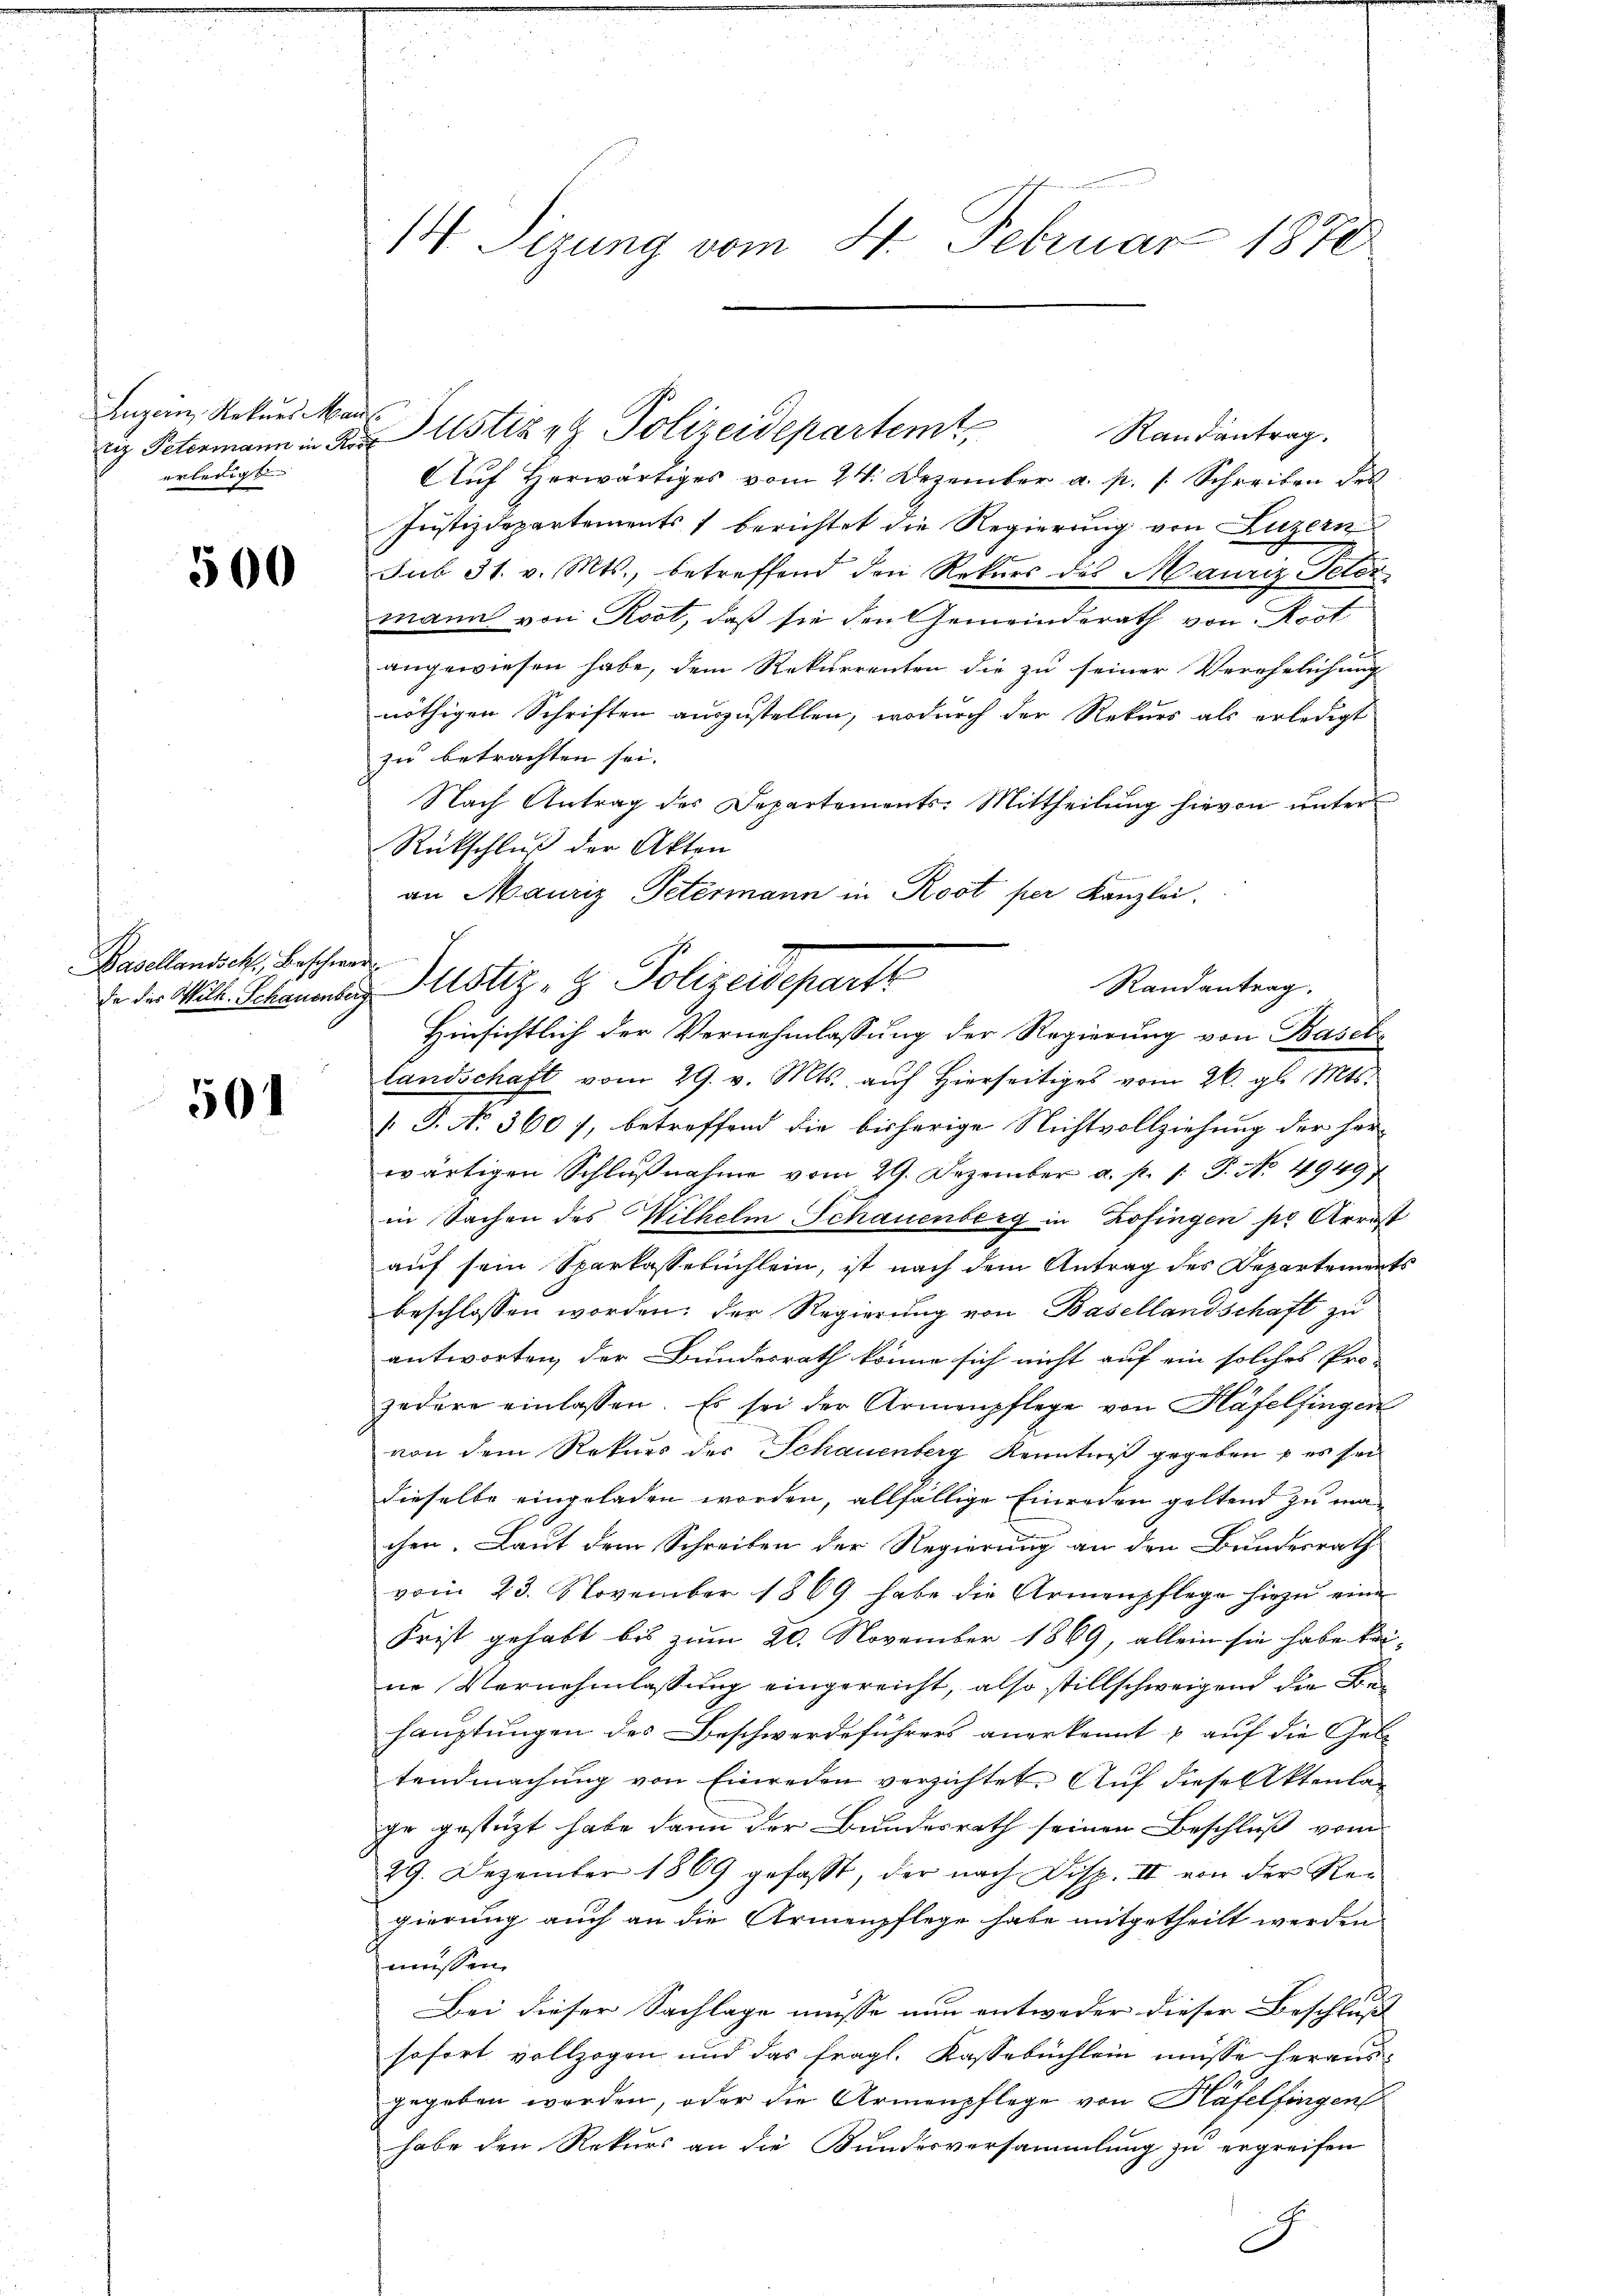
Luzern, Rekurs Man
Eiz Petermann in Rei
erledigt

500

Basellandsch, Beschwer
de der Wilh. Schauenber,

501

14 Sizung vom 4. Februar 1870

Randantrag.
Auf herwärtiges vom 24. Dezember a. p. s. Schreiben des
Justizdepartements berichtet die Regierung von Luzern
sub 31. v. Mts., betreffend den Rekurs des Mauriz Peter
mann von Rost, daß sie den Gemeinderath von Rost
angewiesen habe, dem Rekurrenten die zu seiner Verehelichung
nöthigen Schriften auszustellen, wodurch der Rekurs als erledigt
zu betrachten sei.
Nach Antrag des Departements: Mittheilŭng hievon ŭnter
Rückschluß der Akten
an Mauriz Petermann in Rost per Kanzlei.
landschaft vom 29. v. Mts. aŭf hierseitiges vom 26. gl. Mts.
[T. No. 360 7, betreffend die bisherige Nichtvollziehung der her-
wärtigen Schlŭβnahme vom 29. Dezember a. p. 1. P. No. 4949
in Sachen des Wilhelm Schauenberg in Zofingen der Arrest
auf sein Sparkassebuchlein, ist nach dem Antrag des Departements
beschlossen worden; der Regierung von Basellandschaft zu
antworten, der Bundesrath könne sich nicht auf ein solches Pro-
zedere einlassen. Es sei der Armenpflege von Häfelfingen
von dem Rekurs des Schauenberg Kenntniß gegeben u es sei
dieselbe eingeladen worden, allfällige Einreden geltend zu machen. Laut dem Schreiben der Regierung an den Bundesrath
vom 23. November 1869 habe die Armenpflege hiezu eine
Frist gehabt bis zum 20. November 1869, allein sie habe keine Vernehmlassung eingereicht, also stillschweigend die Behauptungen des Beschwerdeführers anerkennt u auf die Gele
tendmachung von Einreden verzichtet. Auf diese Aktenlaihr gestützt habe dann der Bundesrath seinen Beschluß vom
29. Dezember 1869 gefasst, der nach Disp. II von der Rei
gierung auch an die Armenpflege habe mitgetheilt werden.
messen.
d
Bei dieser Sachlage müsse nun entweder dieser Beschluß
sofort vollzogen und das fragl. Kassebüchlein müsse herausgegeben werden, oder die Armenpflege von Häfelfingen
habe den Rekurs an die Bundesversammlung zu ergreifen

Justiret Polizeidepartemt,

Justiz- & Polizeidepart
Randantrag.
Hinsichtlich der Vernehmlassung der Regierung von Basel¬